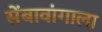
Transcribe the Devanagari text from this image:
सेंबावांगाला